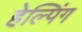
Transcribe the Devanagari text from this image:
हेल्पिंग